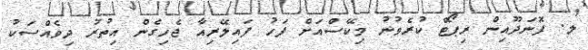
ލ. ފޮނަދޫއިން ރިޕޯޓް ކުރެވުނު މިކޭސްއަށް ފަހު ފައިލޭރިއާ ޖެހިގެން އިތުރު ދިވެއްސަކު